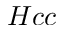
H c c